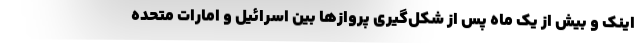
اینک و بیش از یک ماه پس از شکل‌گیری پروازها بین اسرائیل و امارات متحده